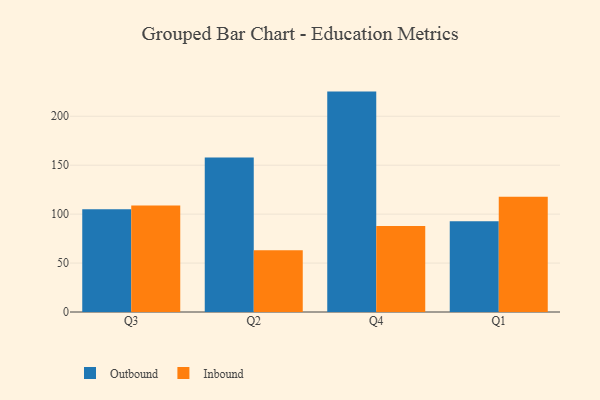
{"axis": {"x": "Quarter", "y": "Waste Production (Tons)"}, "legend": ["Inbound", "Outbound"], "data": [{"x": "Q3", "y": 104.9, "type": "Outbound"}, {"x": "Q3", "y": 108.7, "type": "Inbound"}, {"x": "Q2", "y": 157.9, "type": "Outbound"}, {"x": "Q2", "y": 63.0, "type": "Inbound"}, {"x": "Q4", "y": 225.2, "type": "Outbound"}, {"x": "Q4", "y": 88.0, "type": "Inbound"}, {"x": "Q1", "y": 92.8, "type": "Outbound"}, {"x": "Q1", "y": 117.7, "type": "Inbound"}]}